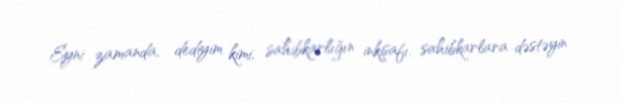
Eyni zamanda, dediyim kimi, sahibkarlığın inkişafı, sahibkarlara dəstəyin